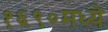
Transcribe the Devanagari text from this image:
१६९०मध्ये